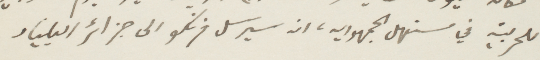
للحربية في مستهل الجمهورية، ان سيرسل فرنكو إلى جزائر اكيليار